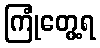
ကြုံတွေ့ရ